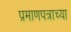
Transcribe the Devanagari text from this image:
प्रमाणपत्राच्या